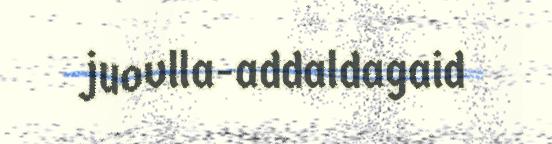
juovlla-addaldagaid